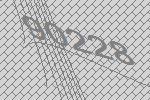
90228